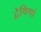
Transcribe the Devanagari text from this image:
द्वेषिणां